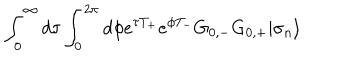
\int _ { 0 } ^ { \infty } d \tau \int _ { 0 } ^ { 2 \pi } d \phi { \textstyle e } ^ { \tau T _ { + } } { \textstyle e } ^ { \phi T _ { - } } G _ { 0 , - } G _ { 0 , + } | \sigma _ { n } \rangle